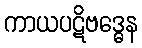
ကာယပဋိဗဒ္ဓေန